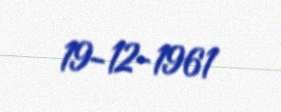
19-12-1961